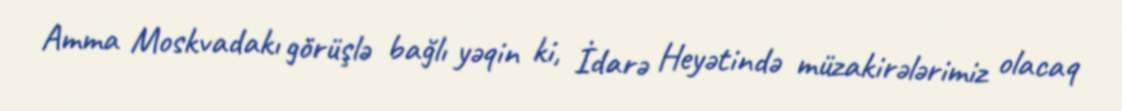
Amma Moskvadakı görüşlə bağlı yəqin ki, İdarə Heyətində müzakirələrimiz olacaq